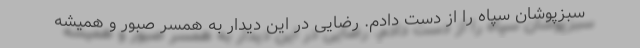
سبزپوشان سپاه را از دست دادم. رضایی در این دیدار به همسر صبور و همیشه